Report of the veterinary officer investigating camel disease
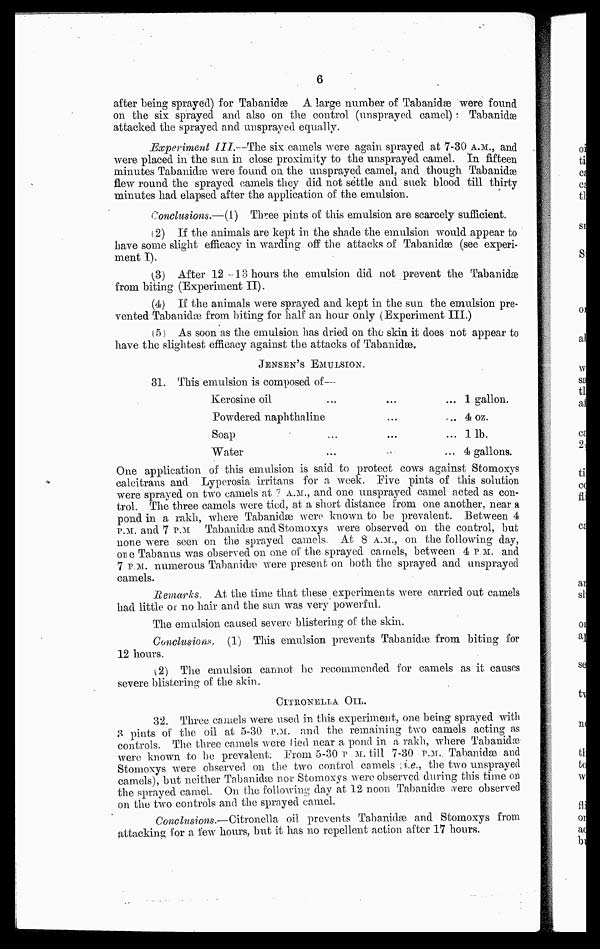
6
after being sprayed) for Tabanidæ A large number of Tabanidæ were found
on the six sprayed and also on the control (unsprayed camel) : Tabanidæ
attacked the sprayed and unsprayed equally.
Experiment III. -The six camels were again sprayed at 7-30 A.M.., and
were placed in the sun in close proximity to the unsprayed camel. In fifteen
minutes Tabanidæ were found on the unsprayed camel, and though Tabanidæ
flew round the sprayed camels they did not settle and suck blood till thirty
minutes had elapsed after the application of the emulsion.
Conclusions.—(1) Three pints of this emulsion are scarcely sufficient.
(2) If the animals are kept in the shade the emulsion would appear to
have some slight efficacy in warding off the attacks of Tabanidæ (see experi-
ment I).
(3) After 12 -13 hours the emulsion did not prevent the Tabanidæ
from biting (Experiment II).
(4) If the animals were sprayed and kept in the sun the emulsion pre-
vented Tabanidæ from biting for half an hour only (Experiment III.)
(5) As soon as the emulsion has dried on the skin it does not appear to
have the slightest efficacy against the attacks of Tabanidæ.
JENSEN'S EMULSION.
31. This emulsion is composed of—
Kerosine oil
...
...
...
Powdered naphthaline
...
...
Soap
...
...
...
Water
...
...
...
1 gallon.
4 oz.
1 lb.
4 gallons.
One application of this emulsion is said to protect cows against Stomoxys
calcitrans and Lyperosia irritans for a week. Five pints of this solution
were sprayed on two camels at 7 A.M.., and one unsprayed camel acted as con-
trol. The three camels were tied, at a short distance from one another, near a
pond in a rakh, where Tabanidæ were known to be prevalent. Between 4
P.M. and 7 P.M. Tabanidæ and Stomoxys were observed on the control, but
none were seen on the sprayed camels. At 8 A.M.., on the following day,
one Tabanus was observed on one of the sprayed camels, between 4 P. M. and
7 P.M. numerous Tabanidæ were present on both the sprayed and unsprayed
camels.
Remarks, At the time that these experiments were carried out camels
had little or no hair and the sun was very powerful.
The emulsion caused severe blistering of the skin.
Conclusions. (1) This emulsion prevents Tabanidæ from biting for
12 hours.
(2) The emulsion cannot be recommended for camels as it causes
severe blistering of the skin.
CITRONELLA OIL.
32. Three camels were used in this experiment, one being sprayed with
3 pints of the oil at 5-30 P.M. and the remaining two camels acting as
controls. The three camels were lied near a pond in a rakh, where Tabanidæ
were known to "he prevalent. From 5-30 P. M. till 7-30 P.M. Tabanidse and
Stomoxys were observed on the two control camels [i.e., the two unsprayed
camels), but neither Tabanidæ nor Stomoxys were observed during this time on
the sprayed camel. On the following day at 12 noon Tabanidæ were observed
on the two controls and the sprayed camel.
Conclusions.—Citronella oil prevents Tabanidæ and Stomoxys from
attacking for a few hours, but it has no repellent action after 17 hours.